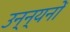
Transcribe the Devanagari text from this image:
उन्न्यनों